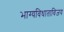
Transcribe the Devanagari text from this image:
भाग्यविधाताविजय